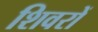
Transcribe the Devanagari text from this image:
शिवरों